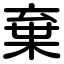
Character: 棄